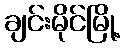
ချင်းမိုင်မြို့